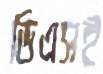
ডিএসই